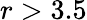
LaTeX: r>3.5